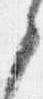
之